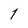
Character: 1